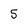
Character: 5